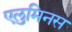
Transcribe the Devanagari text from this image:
एलुमिनस